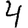
Digit: 4